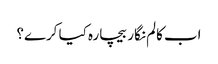
اب کالم نگار بیچارہ کیا کرے؟